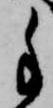
手